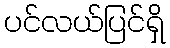
ပင်လယ်ပြင်ရှိ